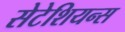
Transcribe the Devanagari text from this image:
सेटेशियन्स